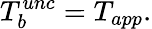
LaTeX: T_{b}^{unc}=T_{app}\mathrm{.}